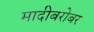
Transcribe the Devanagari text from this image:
मादीबरोबर